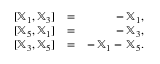
\begin{array} { r l r } { [ { \mathbb X } _ { 1 } , { \mathbb X } _ { 3 } ] } & { = } & { - \, { \mathbb X } _ { 1 } , } \\ { [ { \mathbb X } _ { 5 } , { \mathbb X } _ { 1 } ] } & { = } & { - \, { \mathbb X } _ { 3 } , } \\ { [ { \mathbb X } _ { 3 } , { \mathbb X } _ { 5 } ] } & { = } & { - \, { \mathbb X } _ { 1 } - \, { \mathbb X } _ { 5 } . } \end{array}